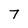
Character: 7